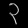
Digit: ၃